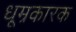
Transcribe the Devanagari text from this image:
धूम्रकारक